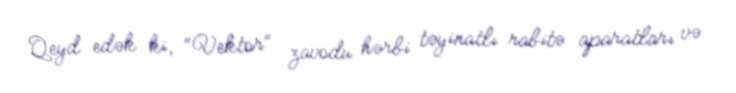
Qeyd edək ki, "Vektor" zavodu hərbi təyinatlı rabitə aparatları və